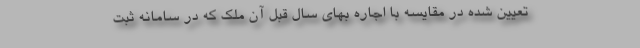
تعیین شده در مقایسه با اجاره بهای سال قبل آن ملک که در سامانه ثبت